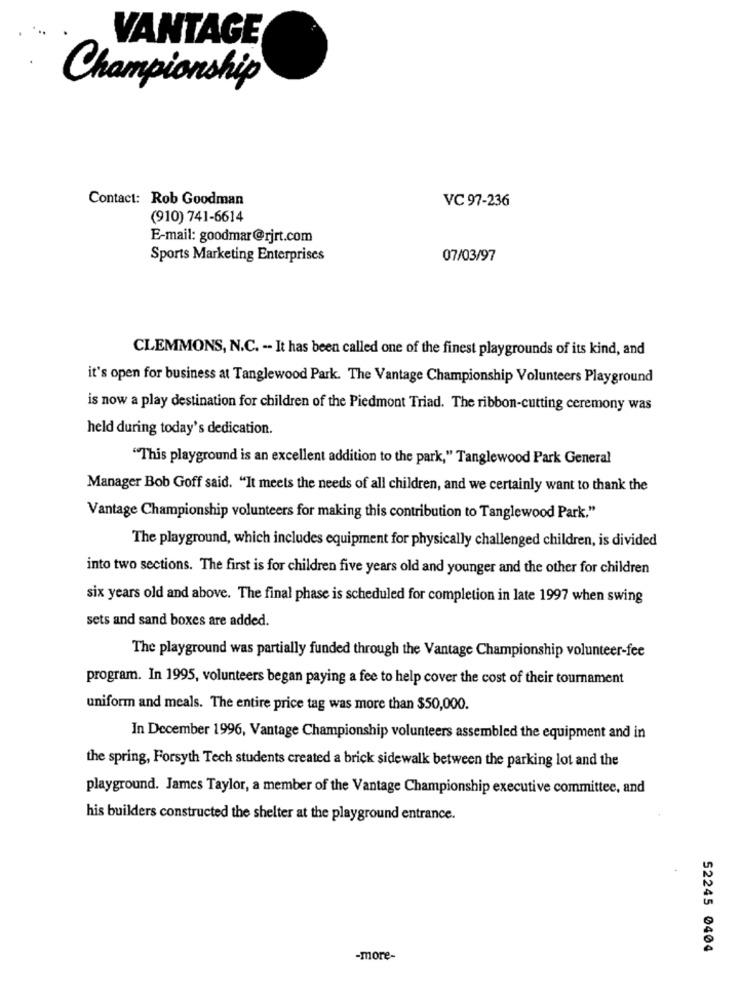
VANTAGE
Championship
Contact: Rob Goodman
VC 97-236
(910) 741-6614
E-mail: goodmar@rjrt.com
Sports Marketing Enterprises
07/03/97
CLEMMONS, N.C. -- It has been called one of the finest playgrounds of its kind, and
it's open for business at Tanglewood Park. The Vantage Championship Volunteers Playground
is now a play destination for children of the Piedmont Triad. The ribbon-cutting ceremony was
held during today's dedication.
"This playground is an excellent addition to the park," Tanglewood Park General
Manager Bob Goff said. "It meets the needs of all children, and we certainly want to thank the
Vantage Championship volunteers for making this contribution to Tanglewood Park."
The playground, which includes equipment for physically challenged children, is divided
into two sections. The first is for children five years old and younger and the other for children
six years old and above. The final phase is scheduled for completion in late 1997 when swing
sets and sand boxes are added.
The playground was partially funded through the Vantage Championship volunteer-fee
program. In 1995, volunteers began paying a fee to help cover the cost of their tournament
uniform and meals. The entire price tag was more than $50,000.
In December 1996, Vantage Championship volunteers assembled the equipment and in
the spring, Forsyth Tech students created a brick sidewalk between the parking lot and the
playground. James Taylor, a member of the Vantage Championship executive committee, and
his builders constructed the shelter at the playground entrance.
52245 0404
-more-